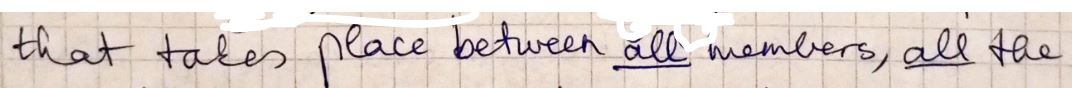
that takes place between all members, all the